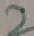
Text: 2